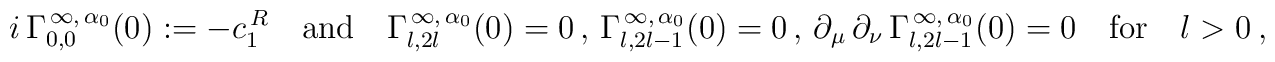
i\,\Gamma_{0,0}^{\,\infty,\,\alpha_{0}}(0):=-c_{1}^{\,R}\quad\mbox{and}\quad\Gamma_{l,2l}^{\,\infty,\,\alpha_{0}}(0)=0\,,\,\Gamma_{l,2l-1}^{\,\infty,\,\alpha_{0}}(0)=0\,,\,\partial_{\mu}\,\partial_{\nu}\,\Gamma_{l,2l-1}^{\,\infty,\,\alpha_{0}}(0)=0\quad\mbox{for}\quad l>0\ ,